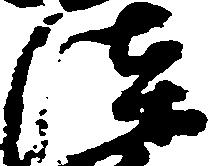
漆